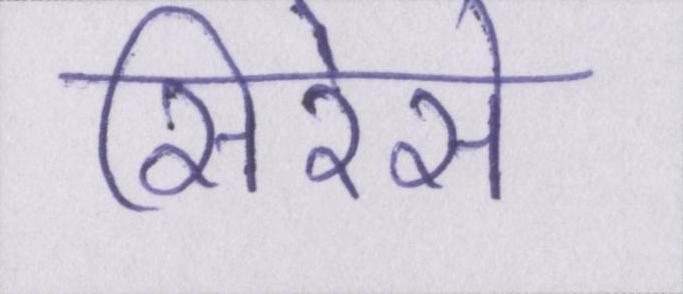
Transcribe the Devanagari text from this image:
सिरेसे